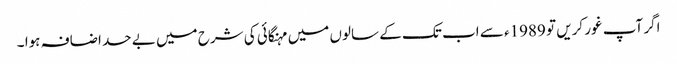
اگر آپ غور کریں تو 1989ء سے اب تک کے سالوں میں مہنگائی کی شرح میں بے حد اضافہ ہوا ۔